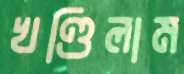
খণ্ডিলাম